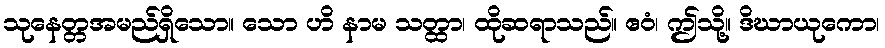
သုနေတ္တအမည်ရှိသော။ သော ဟိ နာမ သတ္ထာ၊ ထိုဆရာသည်။ ဧဝံ၊ ဤသို့။ ဒိဃာယုကော၊